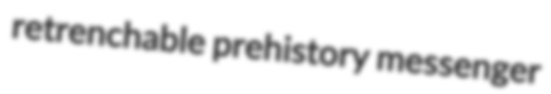
retrenchable prehistory messenger